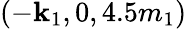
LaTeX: (-\mathbf{k}_{1},0,4.5m_{1})